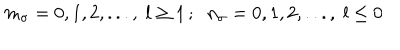
m _ { \sigma } = 0 , 1 , 2 , . . . , \; l \geq 1 \, ; \; \; n _ { \sigma } = 0 , 1 , 2 , . . . , \; l \leq 0